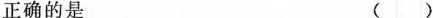
正确的是 ()